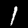
Label: 1